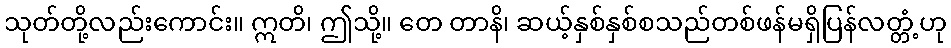
သုတ်တို့လည်းကောင်း။ ဣတိ၊ ဤသို့။ တေ တာနိ၊ ဆယ့်နှစ်နှစ်စသည်တစ်ဖန်မရှိပြန်လတ္တံ့ဟု